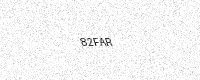
Text: 82FAR